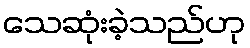
သေဆုံးခဲ့သည်ဟု